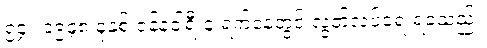
၅၄။ ၁၉၄၈ ခုနှစ် ဇန်နဝါရီ ၄ ရက်နေ့တွင် လွတ်လပ်ရေးရခဲ့သည်။